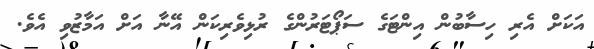
އަކަށް އެރި ހިސާބުން އިންޓަގެ ސަޕޯޓަރުންގެ ރުޅިވެރިކަން އޭނާ އަށް އަމާޒުވި އެވެ.